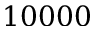
1 0 0 0 0